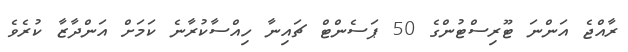
ރާއްޖެ އަންނަ ޓޫރިސްޓުންގެ 50 ޕަސެންޓް ޗައިނާ ހިއްސާކުރާނެ ކަމަށް އަންދާޒާ ކުރެވެ